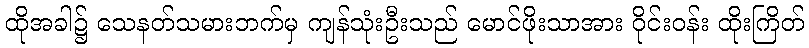
ထိုအခါ၌ သေနတ်သမားဘက်မှ ကျန်သုံးဦးသည် မောင်ဖိုးသာအား ဝိုင်းဝန်း ထိုးကြိတ်